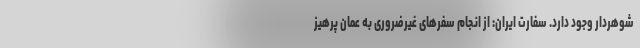
شوهردار وجود دارد. سفارت ایران: از انجام سفرهای غیرضروری به عمان پرهیز